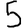
Digit: 5